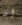
ان